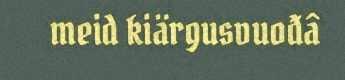
meid kiärgusvuođâ